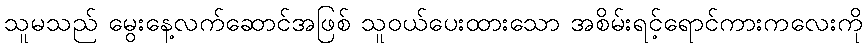
သူမသည် မွေးနေ့လက်ဆောင်အဖြစ် သူဝယ်ပေးထားသော အစိမ်းရင့်ရောင်ကားကလေးကို